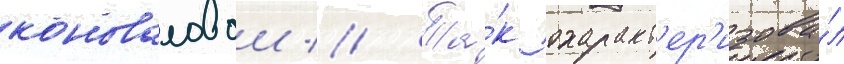
коноваловои // Та́к охаракт'ер'изова́л